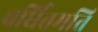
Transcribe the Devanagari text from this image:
वर्धितमति